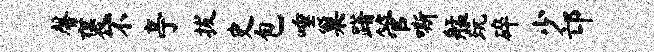
馨褒不亭拔史包唾巢躇管嘶艋玩碎少邙